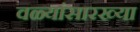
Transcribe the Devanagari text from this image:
वळ्यांसारख्या